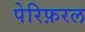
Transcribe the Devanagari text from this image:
पेरिफ़रल